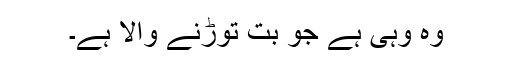
وہ وہی ہے جو بت توڑنے والا ہے۔